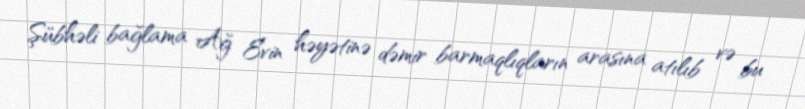
Şübhəli bağlama Ağ Evin həyətinə dəmir barmaqlıqların arasına atılıb və bu